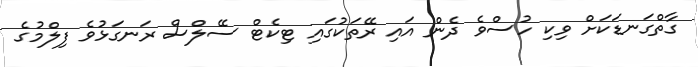
ގާތްގަނޑަކަށް ވިކި ހުސްވެ ދެން އައި ރޭތަކުގައި ޓިކެޓް ސޭލްސް ރަނގަޅުވެ ފިލްމުގެ